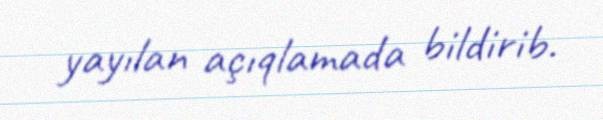
yayılan açıqlamada bildirib.